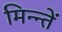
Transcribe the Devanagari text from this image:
मिन्न्तें